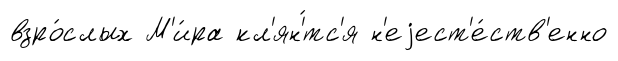
взро́слых М'и́ра кл'ян'́тс'я н'еjест'е́ств'енно